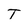
Character: T